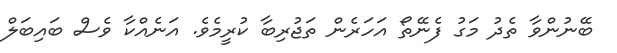
ބޭނުންވާ ތެދު މަގު ފެނޭތޯ އަހަރެން ތަޖުރިބާ ކުރީމެވެ. އަނެއްކާ ވެސް ބައިބަލް